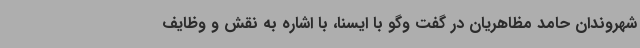
شهروندان حامد مظاهریان در گفت وگو با ایسنا، با اشاره به نقش و وظایف